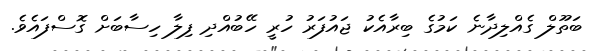
ބަތޫލް ގެއްލިދާނެ ކަމުގެ ބިރާއެކު ޖައުފަރު ހުރީ ހޭބުއްދި ފިލާ ހިސާބަށް ގޮސްފައެވެ.